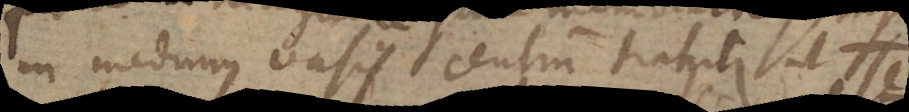
in medium vasis centrum trahitur, ut se